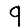
Digit: 9